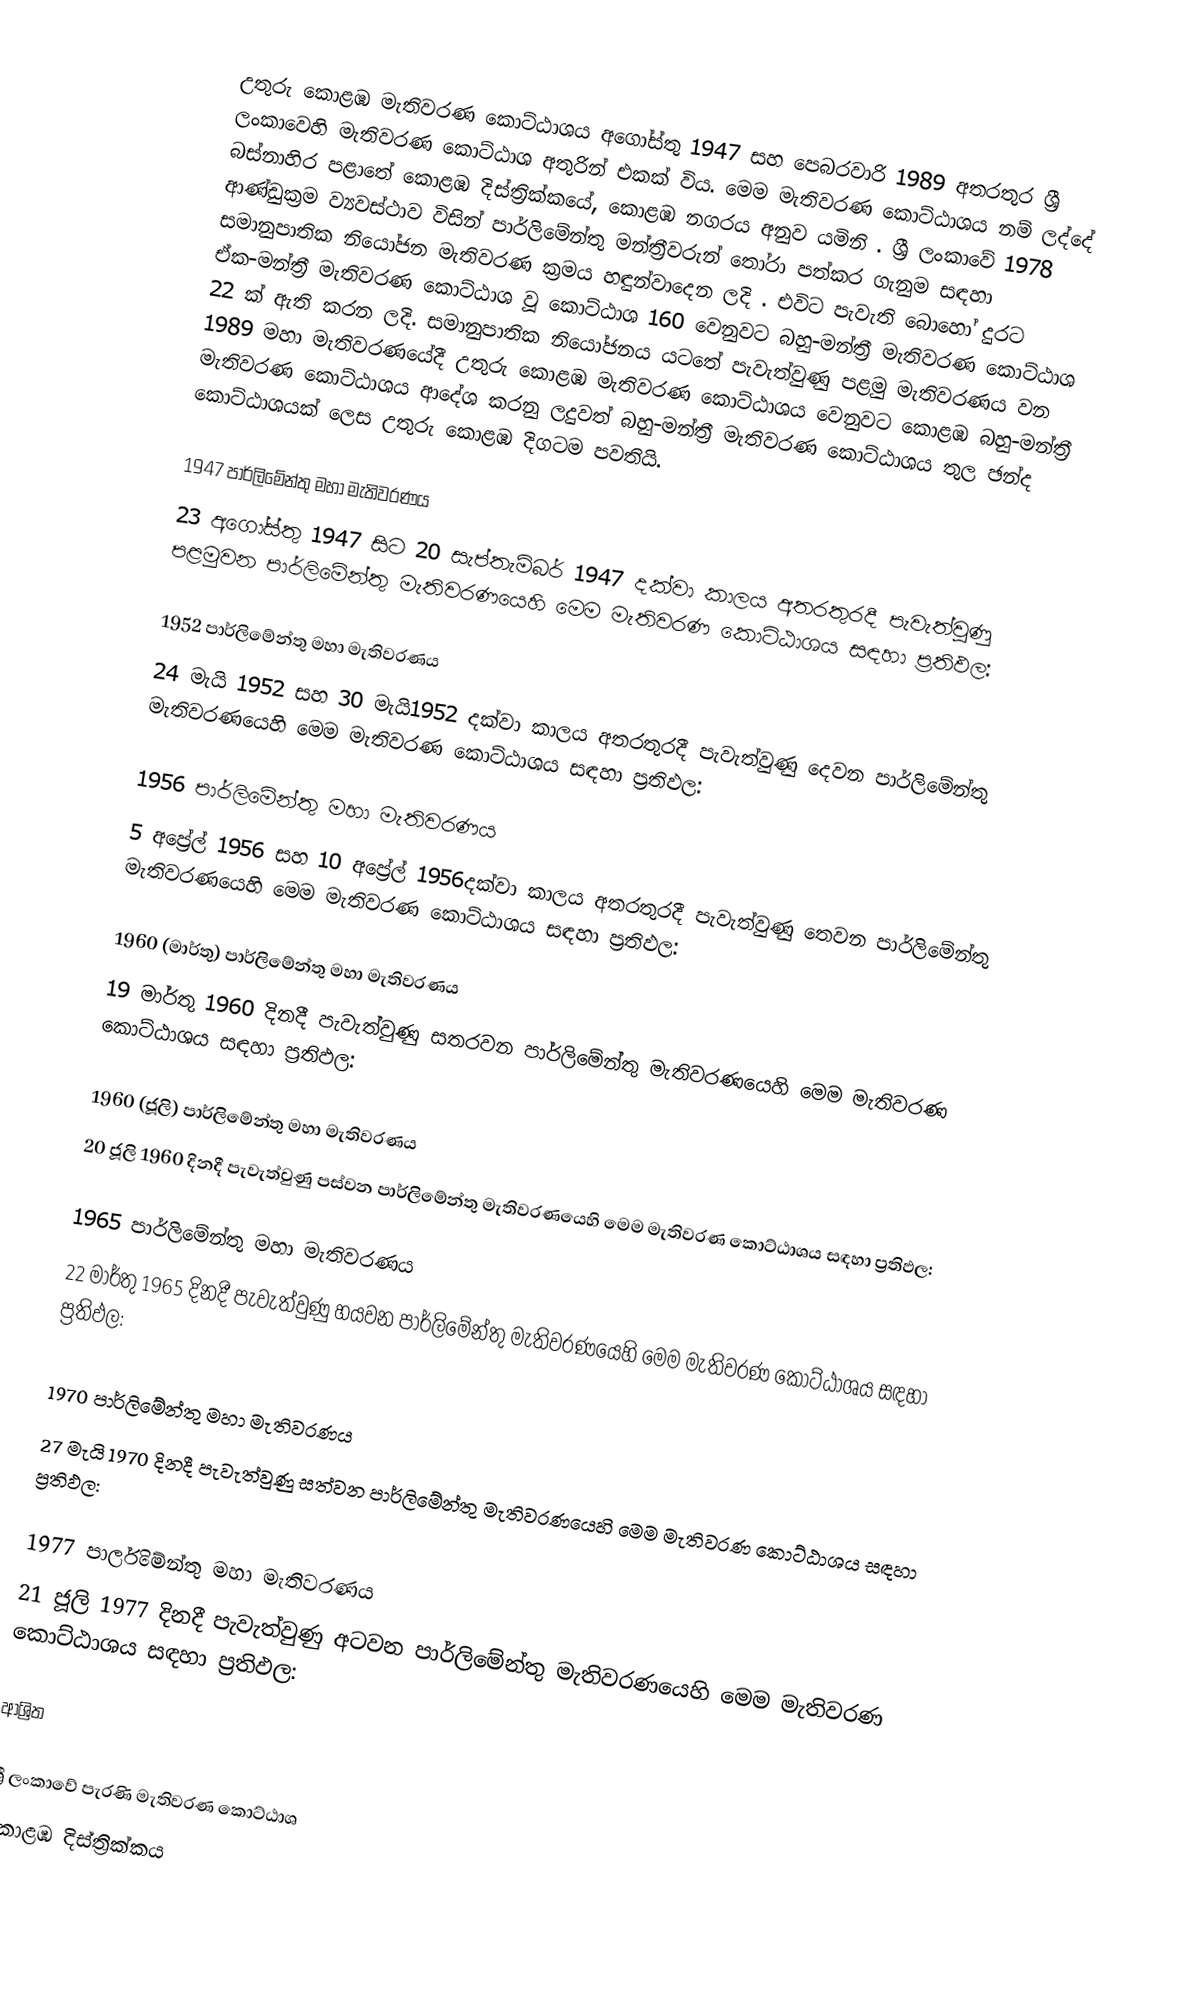
උතුරු කොළඹ මැතිවරණ කොට්ඨාශය  අගෝස්තු 1947 සහ පෙබරවාරි 1989 අතරතුර  ශ්‍රී ලංකාවෙහි  මැතිවරණ කොට්ඨාශ අතුරින් එකක් විය. මෙම මැතිවරණ කොට්ඨාශය නම් ලද්දේ  බස්නාහිර පළාතේ  කොළඹ දිස්ත්‍රික්කයේ,  කොළඹ නගරය අනුව යමිනි . ශ්‍රී ලංකාවේ 1978 ආණ්ඩුක්‍රම ව්‍යවස්ථාව විසින්   පාර්ලිමේන්තු මන්ත්‍රීවරුන් තෝරා පත්කර ගැනුම සඳහා සමානුපාතික නියෝජන මැතිවරණ ක්‍රමය හඳුන්වාදෙන ලදි . එවිට පැවැති බොහෝ දුරට  ඒක-මන්ත්‍රී මැතිවරණ කොට්ඨාශ වූ කොට්ඨාශ 160 වෙනුවට බහු-මන්ත්‍රී මැතිවරණ කොට්ඨාශ 22 ක් ඇති කරන ලදි. සමානුපාතික නියෝජනය යටතේ  පැවැත්වුණු පළමු මැතිවරණය වන 1989 මහා මැතිවරණයේදී  උතුරු කොළඹ මැතිවරණ කොට්ඨාශය වෙනුවට  කොළඹ බහු-මන්ත්‍රී මැතිවරණ කොට්ඨාශය  ආදේශ කරනු ලදුවත් බහු-මන්ත්‍රී මැතිවරණ කොට්ඨාශය තුල ඡන්ද කොට්ඨාශයක් ලෙස උතුරු කොළඹ දිගටම පවතියි.

1947 පාර්ලිමේන්තු මහා මැතිවරණය
23 අගෝස්තු 1947 සිට 20 සැප්තැම්බර් 1947 දක්වා කාලය අතරතුරදී  පැවැත්වුණු  පළමුවන පාර්ලිමේන්තු මැතිවරණයෙහි මෙම මැතිවරණ කොට්ඨාශය සඳහා ප්‍රතිඵල:

1952 පාර්ලිමේන්තු මහා මැතිවරණය
24 මැයි 1952 සහ 30 මැයි1952 දක්වා කාලය අතරතුරදී  පැවැත්වුණු  දෙවන පාර්ලිමේන්තු මැතිවරණයෙහි මෙම මැතිවරණ කොට්ඨාශය සඳහා ප්‍රතිඵල:

1956 පාර්ලිමේන්තු මහා මැතිවරණය
5 අප්‍රේල් 1956 සහ 10 අප්‍රේල් 1956දක්වා කාලය අතරතුරදී  පැවැත්වුණු  තෙවන පාර්ලිමේන්තු මැතිවරණයෙහි මෙම මැතිවරණ කොට්ඨාශය සඳහා ප්‍රතිඵල:

1960 (මාර්තු) පාර්ලිමේන්තු මහා මැතිවරණය
19 මාර්තු 1960 දිනදී  පැවැත්වුණු  සතරවන පාර්ලිමේන්තු මැතිවරණයෙහි මෙම මැතිවරණ කොට්ඨාශය සඳහා ප්‍රතිඵල:

1960 (ජූලි) පාර්ලිමේන්තු මහා මැතිවරණය
20 ජූලි 1960 දිනදී  පැවැත්වුණු  පස්වන පාර්ලිමේන්තු මැතිවරණයෙහි මෙම මැතිවරණ කොට්ඨාශය සඳහා ප්‍රතිඵල:

1965 පාර්ලිමේන්තු මහා මැතිවරණය
22 මාර්තු 1965  දිනදී  පැවැත්වුණු  හයවන පාර්ලිමේන්තු මැතිවරණයෙහි මෙම මැතිවරණ කොට්ඨාශය සඳහා ප්‍රතිඵල:

1970 පාර්ලිමේන්තු මහා මැතිවරණය
27 මැයි 1970 දිනදී  පැවැත්වුණු  සත්වන පාර්ලිමේන්තු මැතිවරණයෙහි මෙම මැතිවරණ කොට්ඨාශය සඳහා ප්‍රතිඵල:

1977 පාර්ලිමේන්තු මහා මැතිවරණය
21 ජූලි 1977 දිනදී  පැවැත්වුණු  අටවන පාර්ලිමේන්තු මැතිවරණයෙහි මෙම මැතිවරණ කොට්ඨාශය සඳහා ප්‍රතිඵල:

ආශ්‍රිත

ශ්‍රී ලංකාවේ පැරණි මැතිවරණ කොට්ඨාශ
 කොළඹ දිස්ත්‍රික්කය